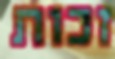
זכות